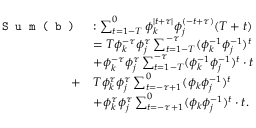
\begin{array} { r l } { \texttt { S u m ( b ) } } & { : \sum _ { t = 1 - T } ^ { 0 } \phi _ { k } ^ { \mid t + \tau \mid } \phi _ { j } ^ { ( - t + \tau ) } ( T + t ) } \\ & { = T \phi _ { k } ^ { - \tau } \phi _ { j } ^ { \tau } \sum _ { t = 1 - T } ^ { - \tau } ( \phi _ { k } ^ { - 1 } \phi _ { j } ^ { - 1 } ) ^ { t } } \\ & { + \phi _ { k } ^ { - \tau } \phi _ { j } ^ { \tau } \sum _ { t = 1 - T } ^ { - \tau } ( \phi _ { k } ^ { - 1 } \phi _ { j } ^ { - 1 } ) ^ { t } \cdot t } \\ { + } & { T \phi _ { k } ^ { \tau } \phi _ { j } ^ { \tau } \sum _ { t = - \tau + 1 } ^ { 0 } ( \phi _ { k } \phi _ { j } ^ { - 1 } ) ^ { t } } \\ & { + \phi _ { k } ^ { \tau } \phi _ { j } ^ { \tau } \sum _ { t = - \tau + 1 } ^ { 0 } ( \phi _ { k } \phi _ { j } ^ { - 1 } ) ^ { t } \cdot t . } \end{array}